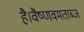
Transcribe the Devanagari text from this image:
है।वैष्णवमताब्ज